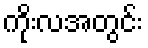
ကိုးလအတွင်း